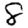
Digit: 8